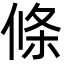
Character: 條